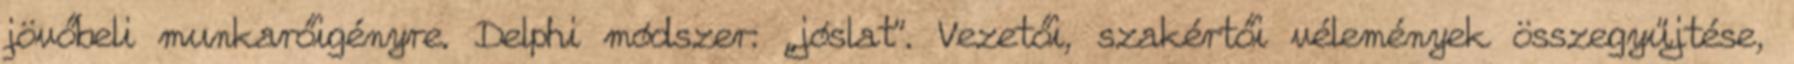
jövőbeli munkarőigényre. Delphi módszer: „jóslat”. Vezetői, szakértői vélemények összegyűjtése,